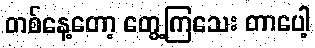
တစ်နေ့တော့ တွေ့ကြသေး တာပေါ့